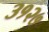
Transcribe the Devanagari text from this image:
३१२७